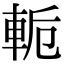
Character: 𨋜